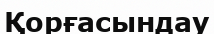
Қорғасындау